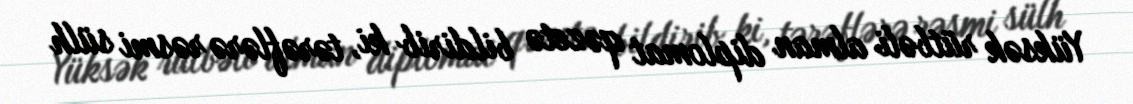
Yüksək rütbəli alman diplomat qəzetə bildirib ki, tərəflərə rəsmi sülh